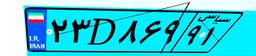
۲۹D۵۵۷۷۹